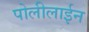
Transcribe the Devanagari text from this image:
पोलीलाईन